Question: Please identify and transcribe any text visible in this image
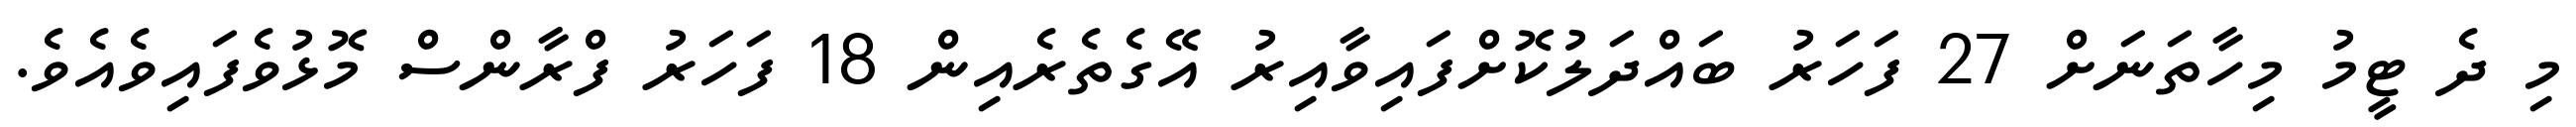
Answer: މި ދެ ޓީމު މިހާތަނަށް 27 ފަހަރު ބައްދަލުކޮށްފައިވާއިރު އޭގެތެރެއިން 18 ފަހަރު ފްރާންސް މޮޅުވެފައިވެއެވެ.